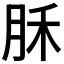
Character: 𣍩